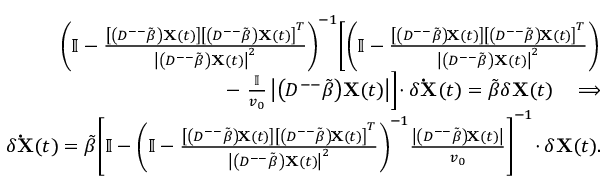
\begin{array} { r l r } & { } & { \left( \mathbb { I } - \frac { \left[ \left( D ^ { -- } \tilde { \beta } \right) \mathbf { X } ( t ) \right] \left[ \left( D ^ { -- } \tilde { \beta } \right) \mathbf { X } ( t ) \right] ^ { T } } { \left| \left( D ^ { -- } \tilde { \beta } \right) \mathbf { X } ( t ) \right| ^ { 2 } } \right) ^ { - 1 } \! \left[ \left( \mathbb { I } - \frac { \left[ \left( D ^ { -- } \tilde { \beta } \right) \! \mathbf { X } ( t ) \right] \left[ \left( D ^ { -- } \tilde { \beta } \right) \! \mathbf { X } ( t ) \right] ^ { T } } { \left| \left( D ^ { -- } \tilde { \beta } \right) \mathbf { X } ( t ) \right| ^ { 2 } } \right) \right. } \\ & { } & { - \left. \frac { \mathbb { I } } { v _ { 0 } } \left| \left( D ^ { -- } \tilde { \beta } \right) \! \mathbf { X } ( t ) \right| \right] \! \cdot \delta \mathbf { \dot { X } } ( t ) = \tilde { \beta } \delta \mathbf { X } ( t ) \quad \Longrightarrow } \\ & { } & { \delta \mathbf { \dot { X } } ( t ) = \tilde { \beta } \! \left[ \mathbb { I } - \left( \mathbb { I } - \frac { \left[ \left( D ^ { -- } \tilde { \beta } \right) \! \mathbf { X } ( t ) \right] \left[ \left( D ^ { -- } \tilde { \beta } \right) \! \mathbf { X } ( t ) \right] ^ { T } } { \left| \left( D ^ { -- } \tilde { \beta } \right) \mathbf { X } ( t ) \right| ^ { 2 } } \right) ^ { - 1 } \! \frac { \left| \left( D ^ { -- } \tilde { \beta } \right) \! \mathbf { X } ( t ) \right| } { v _ { 0 } } \right] ^ { - 1 } \! \cdot \delta \mathbf { X } ( t ) . } \end{array}